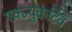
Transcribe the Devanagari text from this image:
एक्ज्युकेटिव